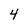
Character: 4